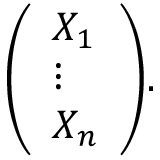
{ \left( \begin{array} { l } { X _ { 1 } } \\ { \vdots } \\ { X _ { n } } \end{array} \right) } .